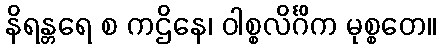
နိရန္တရေ စ ကဌိနေ၊ ဝါစ္စလိင်္ဂိက မုစ္စတေ။